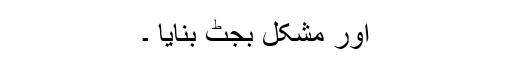
اور مشکل بجٹ بنایا ۔